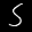
Label: 5